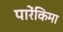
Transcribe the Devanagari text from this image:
पारेंकिमा